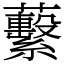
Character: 蘻